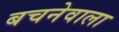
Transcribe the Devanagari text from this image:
बचनेवाला